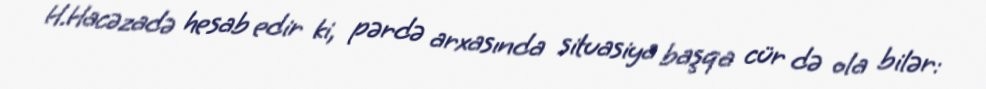
H.Hacəzadə hesab edir ki, pərdə arxasında situasiya başqa cür də ola bilər: